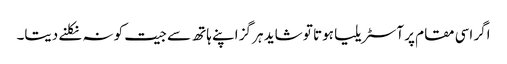
اگر اسی مقام پر آسٹریلیا ہوتا تو شاید ہر گز اپنے ہاتھ سے جیت کو نہ نکلنے دیتا۔